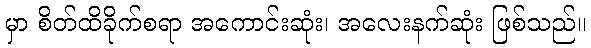
မှာ စိတ်ထိခိုက်စရာ အကောင်းဆုံး၊ အလေးနက်ဆုံး ဖြစ်သည်။